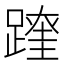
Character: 𨅆